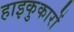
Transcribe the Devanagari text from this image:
हाइकुकारों